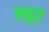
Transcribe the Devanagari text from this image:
लहुर